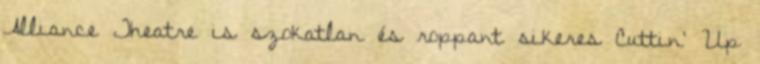
Alliance Theatre is szokatlan és roppant sikeres Cuttin’ Up